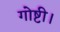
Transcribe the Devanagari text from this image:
गोष्टी।